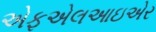
એફએલઆઇએર